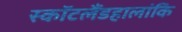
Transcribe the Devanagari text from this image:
स्कॉटलैंडहालांकि